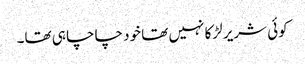
کوئی شریر لڑکا نہیں تھا خود چاچا ہی تھا۔